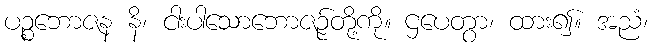
ပဉ္စဘောဇန နိ၊ ငါးပါသောဘောဇဉ်တို့ကို။ ဌပေတွာ၊ ထား၍။ အညံ၊